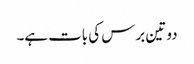
دو تین برس کی بات ہے۔